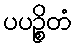
ပပဉ္စိတံ